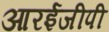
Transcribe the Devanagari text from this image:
आरईजीपी